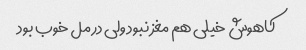
کاهوش خیلی هم مغز نبود ولی در مل خوب بود